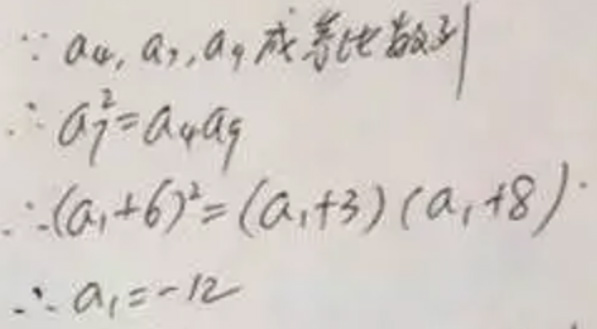
\(&\because a_{4},a_{7},a_{9} \)成等比数列\\
\(&\therefore a_{7}^{2}=a_{4}a_{9}\)\\
\(&\therefore (a_{1} + 6)^{2}=(a_{1}+3)(a_{1}+8)\)\\
\(&\therefore a_{1}=-12\)